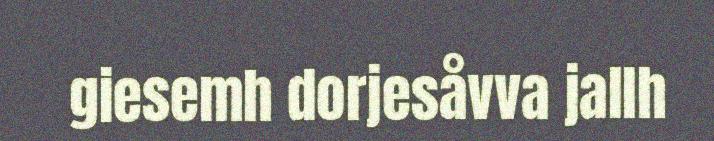
giesemh dorjesåvva jallh